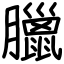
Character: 臘